Vaccination in Bombay 1924-1928 - 1924-1928
Year: 1924
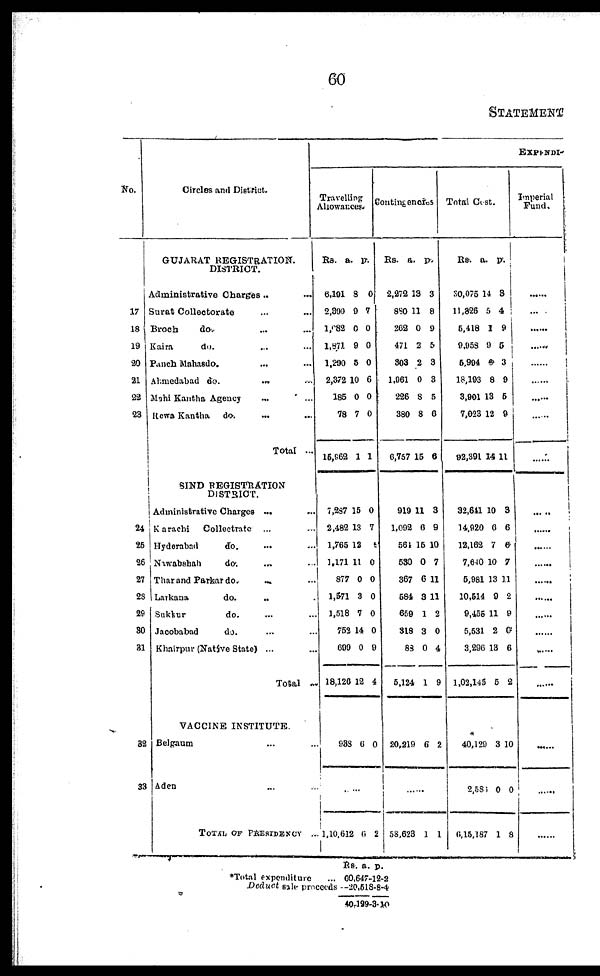
60
STATEMENT
No.
17
18
19
20
21
22
23
24
25
26
27
28
29
30
31
32
33
Circles and District.
GUJARAT REGISTRATION.
DISTRICT.
Administrative Charges.. ...
Surat Collectorate ... ...
Broch do.... ...
Kaira
do. ... ...
Panch Mahnsdo. ... ...
Ahmedabad do.
...
...
Mahi Kantha Agency ... ...
Rewa Kantha
do. ... ...
Total ...
SIND REGISTRATION
DISTRICT.
Administrative Charges
...
Karachi
Collectrate
... ...
Hyderabad
do. ... ...
Nawabshah
do. ... ...
Thar and Parkar do. ... ...
Larkana
do. ... ...
Sukkur
do. ... ...
Jacobabad
do. ... ...
Khairpur (Native State) ... ...
Total ......
VACCINE INSTITUTE.
Belgaum ...
Aden
TOTAL OF PRESIDENCY
...
EXPENDI-
Travelling
Allowances.
Rs.
6,191
2,890
1,082
1,871
1,290
2,372
185
78
16,962
7,237
2,482
1,765
1,171
877
1,571
1,518
753
699
18,126
938
.....
1,10,612
a.
8
9
0
9
5
10
0
7
1
15
13
12
11
0
3
7
14
0
12
6
...
6
p.
0
7
0
0
0
6
0
0
1
0
7
6
0
0
0
0
0
9
4
0
...
2
Contingencies
Rs.
2,272
850
262
471
303
1,061
226
380
6,757
919
1,092
561
530
367
584
659
318
83
5,124
20,219
......
58,623
a.
13
11
0
2
2
0
8
8
15
11
6
15
0
6
3
1
3
0
1
6
...
1
p.
3
8
9
5
3
3
5
6
6
3
9
10
7
11
11
2
0
4
9
2
...
1
Total Cost.
Rs.
30,075
11,826
5,418
9,958
5,994
18,193
3,901
7,023
92,391
32,641
14,920
12,162
7,640
5,981
10,514
9,455
5,531
3,296
1,02,145
40,129
2,586
6,15,187
a.
14
5
1
9
6
8
13
12
14
10
6
7
10
13
9
11
2
13
5
3
0
1
p.
3
4
9
5
3
9
5
9
11
3
6
6
7
11
2
9
0
6
2
10
0
8
Imperial
Fund.
...
......
......
......
......
......
......
......
......
......
......
......
......
......
......
......
......
.....
......
......
*Total expenditure ...
Deduct sale proceeds
Rs.
60,647
20,518
40,129
a.
12
8
3
p.
2
4
10